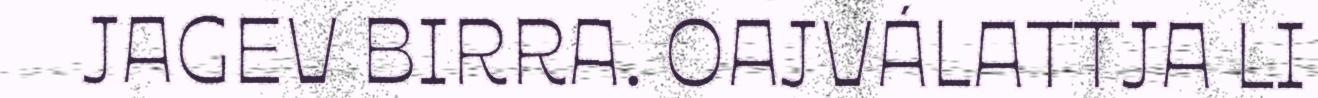
JAGEV BIRRA. OAJVÁLATTJA LI